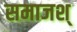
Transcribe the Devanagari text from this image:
समाजश्